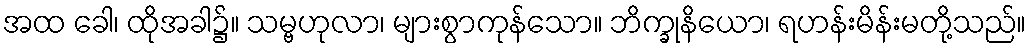
အထ ခေါ၊ ထိုအခါ၌။ သမ္ဗဟုလာ၊ များစွာကုန်သော။ ဘိက္ခုနိယော၊ ရဟန်းမိန်းမတို့သည်။